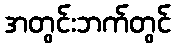
အတွင်းဘက်တွင်